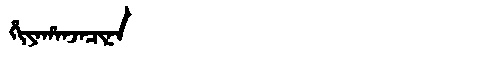
Manchu: ᡥᡳᠶᠠᡥᠠᠨᠵᠠᠴᡳᠨᠠ
Romanization: HIYAHANJACINA